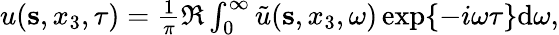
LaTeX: \begin{array}{r}{u({{\mathbf s}},x_{3},\tau)=\frac{1}{\pi}\Re\int_{0}^{\infty}\tilde{u}({{\mathbf s}},x_{3},\omega)\exp\{ -i\omega\tau\} \mathrm{d}\omega,}\end{array}